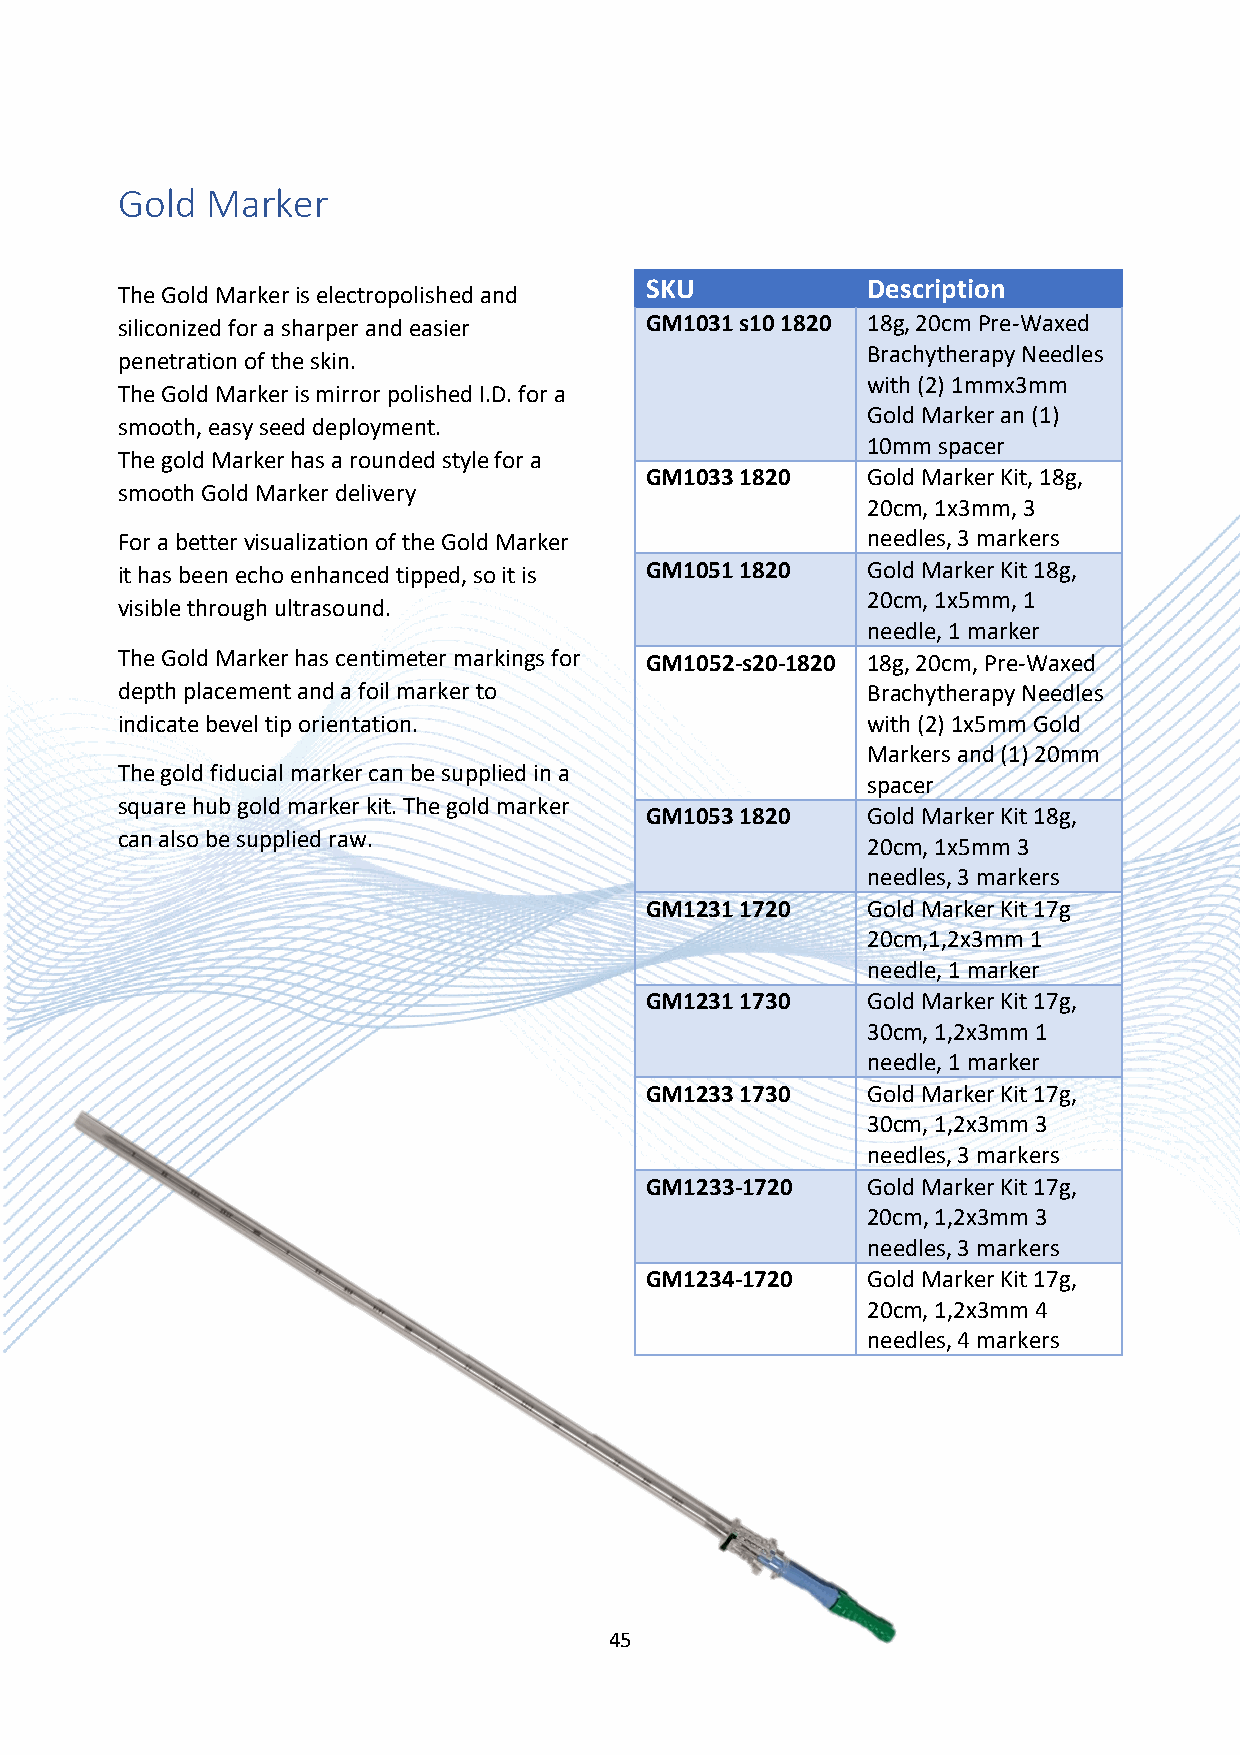
Gold  Marker
 SKU           Description
 The Gold Marker is electropolished and
 siliconized for a sharper and easier GM1031 s10 1820 18g, 20cm Pre-Waxed
 Brachytherapy Needles
 penetration of the skin.
 with (2) 1mmx3mm
 The Gold Marker is mirror polished I.D. for a
 Gold Marker an (1)
 smooth, easy seed deployment.
 10mm spacer
 The gold Marker has a rounded style for a
 GM1033 1820   Gold Marker Kit, 18g,
 smooth Gold Marker delivery
 20cm, 1x3mm, 3
 For a better visualization of the Gold Marker    needles, 3 markers
 it has been echo enhanced tipped, so it is GM1051 1820 Gold Marker Kit 18g,
 20cm, 1x5mm, 1
 visible through ultrasound.
 needle, 1 marker
 The Gold Marker has centimeter markings for GM1052-s20-1820 18g, 20cm, Pre-Waxed
 depth placement and a foil marker to             Brachytherapy Needles
 indicate bevel tip orientation.                  with (2) 1x5mm Gold
 Markers and (1) 20mm
 The gold fiducial marker can be supplied in a
 spacer
 square hub gold marker kit. The gold marker
 GM1053 1820   Gold Marker Kit 18g,
 can also be supplied raw.
 20cm, 1x5mm 3
 needles, 3 markers
 GM1231 1720   Gold Marker Kit 17g
 20cm,1,2x3mm 1
 needle, 1 marker
 GM1231 1730   Gold Marker Kit 17g,
 30cm, 1,2x3mm 1
 needle, 1 marker
 GM1233 1730   Gold Marker Kit 17g,
 30cm, 1,2x3mm 3
 needles, 3 markers
 GM1233-1720   Gold Marker Kit 17g,
 20cm, 1,2x3mm 3
 needles, 3 markers
 GM1234-1720   Gold Marker Kit 17g,
 20cm, 1,2x3mm 4
 needles, 4 markers
 45